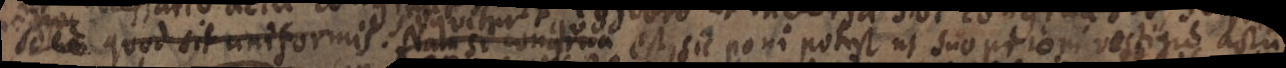
selo quod sit uniformis. Nam si congrua est, sic poni potest ut suo utroque vestigio actu